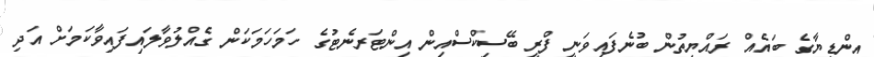
އިންޑިޔާގެ ބައެއް ރައްޔިތުން ބުނެފައިވަނީ ފްރީ ބޭސިކްސްއިން އިންޓަރނެޓުގެ ހަމަހަމަކަން ގެއްލުވާލައިފައިވާކަމަށް އަދި